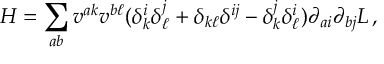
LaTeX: H = \sum _ { a b } v ^ { a k } v ^ { b \ell } ( \delta _ { k } ^ { i } \delta _ { \ell } ^ { j } + \delta _ { k \ell } \delta ^ { i j } - \delta _ { k } ^ { j } \delta _ { \ell } ^ { i } ) \partial _ { a i } \partial _ { b j } L \, ,